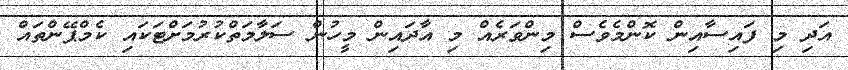
އަދި މި ފައިސާއިން ކޮންމެވެސް މިންވަރެއް މި އާދައިން މީހުން ސަލާމަތްކުރުމަށްޓަކައި ކެމްޕޭންތައް